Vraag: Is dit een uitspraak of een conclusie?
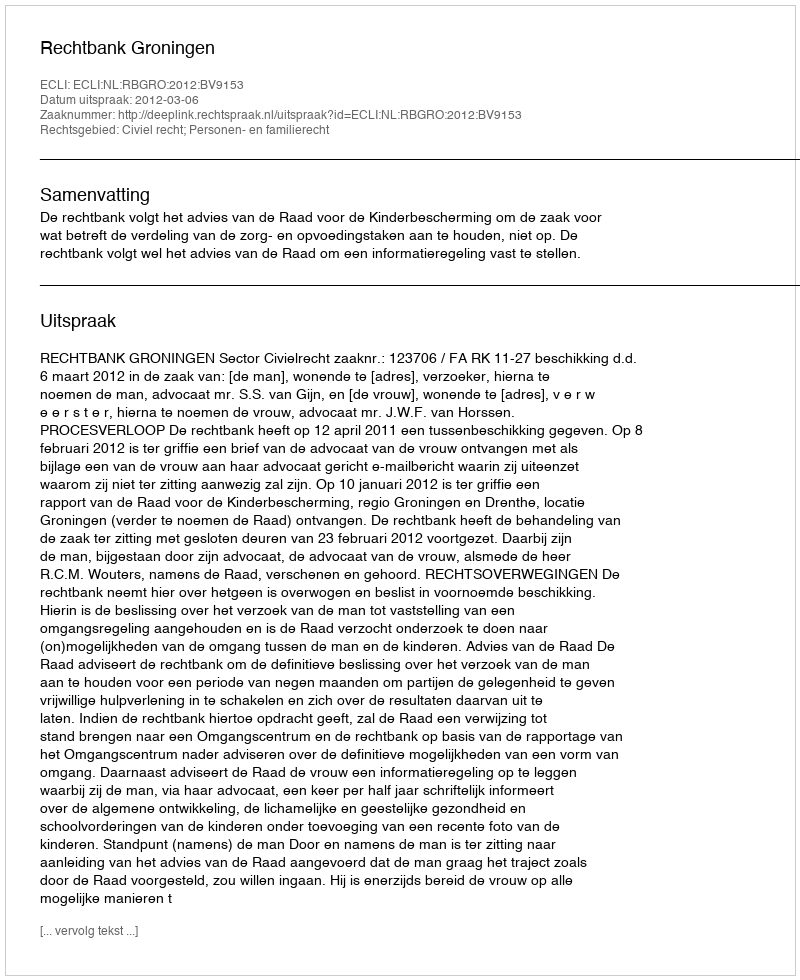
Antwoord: Uitspraak